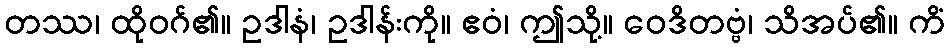
တဿ၊ ထိုဝဂ်၏။ ဥဒါနံ၊ ဥဒါန်းကို။ ဧဝံ၊ ဤသို့။ ဝေဒိတဗ္ဗံ၊ သိအပ်၏။ ကိံ